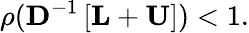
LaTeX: \rho(\mathbf{D}^{-1}\left[\mathbf{L}+\mathbf{U}\right])<1.